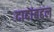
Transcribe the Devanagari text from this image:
दादांबद्दल